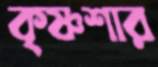
কৃষ্ণশার